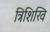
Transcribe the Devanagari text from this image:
त्रिशिखि